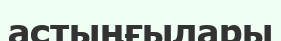
астыңғылары